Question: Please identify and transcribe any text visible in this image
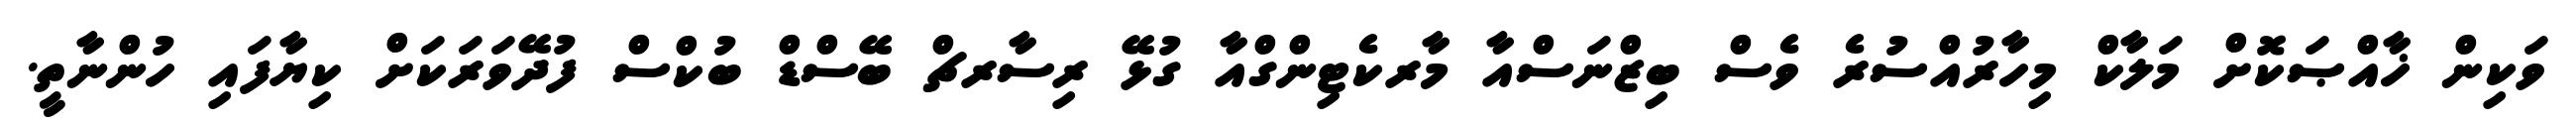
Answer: ވަކިން ޚާއްޞަކޮށް މަލާކް މިހާރުއްސުރެ ވެސް ބިޒްނަސްއާ މާރކެޓިންގްއާ ގުޅޭ ރިސާރޗް ބޭސްޑް ބުކްސް ފުދޭވަރަކަށް ކިޔާފައި ހުންނާތީ.